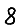
Digit: 8